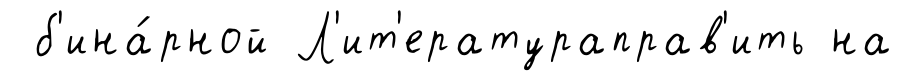
б'ина́рной Л'ит'ератураправ'ить на